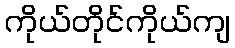
ကိုယ်တိုင်ကိုယ်ကျ